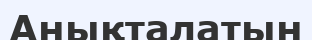
Анықталатын